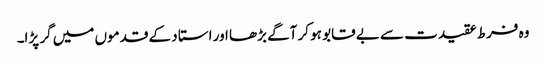
وہ فرط عقیدت سے بے قابو ہو کر آگے بڑھا اور استا د کے قدموں میں گر پڑا۔